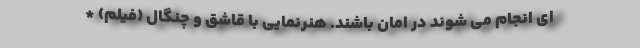
ای انجام می شوند در امان باشند. هنرنمایی با قاشق و چنگال (فیلم) *